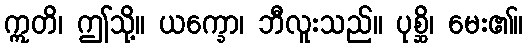
ဣတိ၊ ဤသို့။ ယက္ခော၊ ဘီလူးသည်။ ပုစ္ဆိ၊ မေး၏။